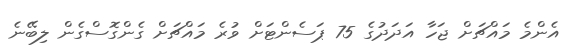
އެންމެ މައްޗަށް ޖަހާ އަދަދުގެ 75 ޕަސެންޓަށް ވުރެ މައްޗަށް ގެންގޮސްގެން ލިބޭނެ